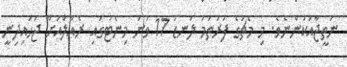
ނަތީޖާއަކުންނެވެ. މި މެޗުގެ ފުރަތަމަ ލަނޑު 17 ވަނަ މިނެޓުގައި ރެއާލްއަށް ޖަހައިދިނީ